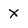
Character: X